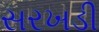
સરખડી